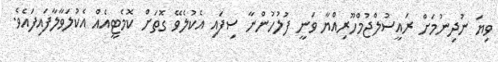
ވިޔަ ނުދިނުމަށް ރައީސުލްޖުމްހޫރިއްޔާ ވަނީ ފުލުހުންނާ ސިފައި އެކުލެވޭ ގޮތަށް ކޮމެޓީއެއް އެކުލަވާލާފައިފައެވެ.